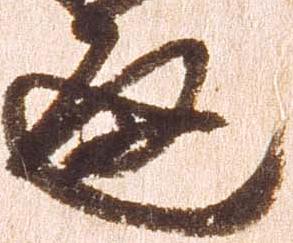
通